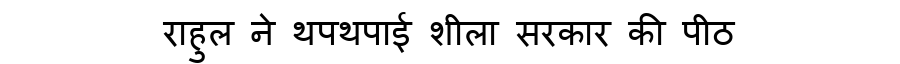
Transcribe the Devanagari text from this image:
राहुल ने थपथपाई शीला सरकार की पीठ